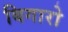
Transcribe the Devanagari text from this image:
बिगारो